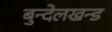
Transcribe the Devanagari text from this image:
बुन्देलखन्ड